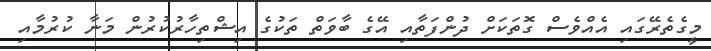
މީގެތެރޭގައި އެއްވެސް ގޮތަކަށް ދުންފަތާއި އޭގެ ބާވަތް ތަކުގެ އިޝްތިހާރުކުރުން މަނާ ކުރުމާއި